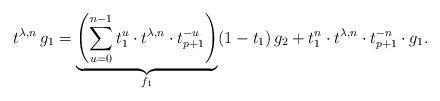
LaTeX: \begin{align*}t^{\lambda,n}\,g_1= \mathop{ \underbrace{ \mathop{\left( \sum_{u=0}^{n-1} t_1^u \cdot t^{\lambda,n} \cdot t_{p+1}^{-u} \right)}}}_{f_1}(1-t_1)\, g_2 + t_1^{n} \cdot t^{\lambda,n} \cdot t_{p+1}^{-n} \cdot g_1.\end{align*}